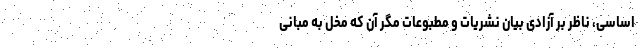
اساسی، ناظر بر آزادی بیان نشریات و مطبوعات مگر آن که مخل به مبانی